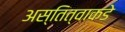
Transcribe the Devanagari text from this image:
अस्तित्वाकडे